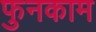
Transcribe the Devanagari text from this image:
फुनकाम